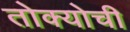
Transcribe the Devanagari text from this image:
तोक्योची